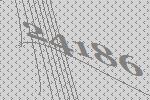
24186